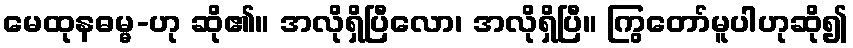
မေထုနဓမ္မ-ဟု ဆို၏။ အလိုရှိပြီလော၊ အလိုရှိပြီ။ ကြွတော်မူပါဟုဆို၍